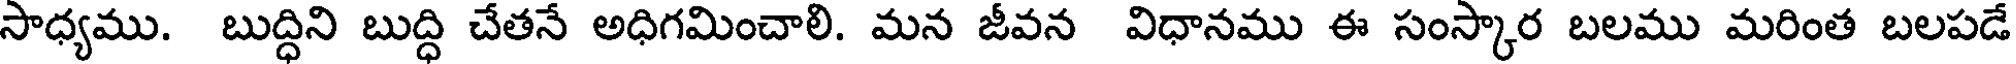
సాధ్యము. బుద్ధిని బుద్ధి చేతనే అధిగమించాలి. మన జీవన విధానము ఈ సంస్కార బలము మరింత బలపడే